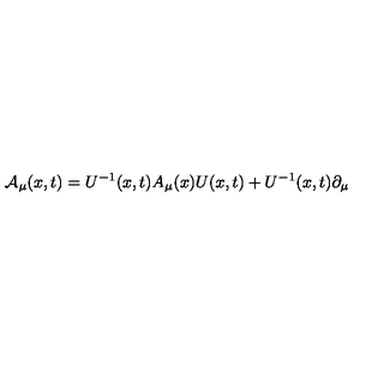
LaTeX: { \cal A } _ { \mu } ( x , t ) = U ^ { - 1 } ( x , t ) A _ { \mu } ( x ) U ( x , t ) + U ^ { - 1 } ( x , t ) \partial _ { \mu }